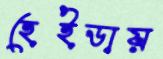
হেইডায়